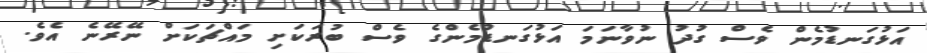
އަޅުގަނޑުމެން ވެސް ގުދު ނުވާނަމަ އަޅުގަނޑުމެންގެ ވެސް ބުރަކަށި މައްޗަކަށް ނޭރޭނެ އެވެ.